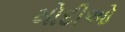
મોદીઓ